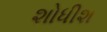
શોધીશ